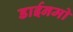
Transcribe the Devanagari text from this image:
डाईनमो